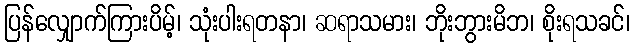
ပြန်လျှောက်ကြားပိမ့်၊ သုံးပါးရတနာ၊ ဆရာသမား၊ ဘိုးဘွားမိဘ၊ စိုးရသခင်၊